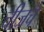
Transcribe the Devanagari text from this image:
चीजचे